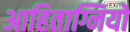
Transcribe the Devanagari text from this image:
आहिताग्नियों